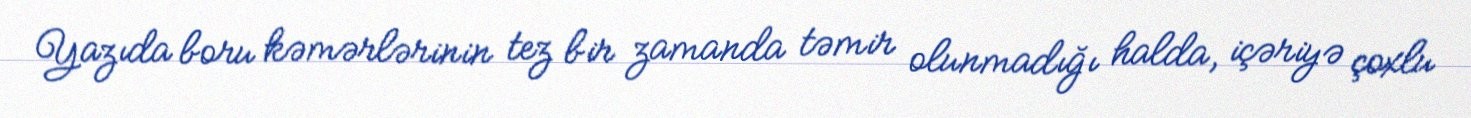
Yazıda boru kəmərlərinin tez bir zamanda təmir olunmadığı halda, içəriyə çoxlu